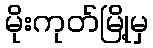
မိုးကုတ်မြို့မှ